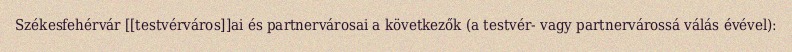
Székesfehérvár [[testvérváros]]ai és partnervárosai a következők (a testvér- vagy partnervárossá válás évével):